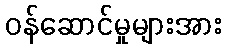
ဝန်ဆောင်မှုများအား